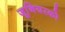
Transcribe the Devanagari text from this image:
जूनियरको